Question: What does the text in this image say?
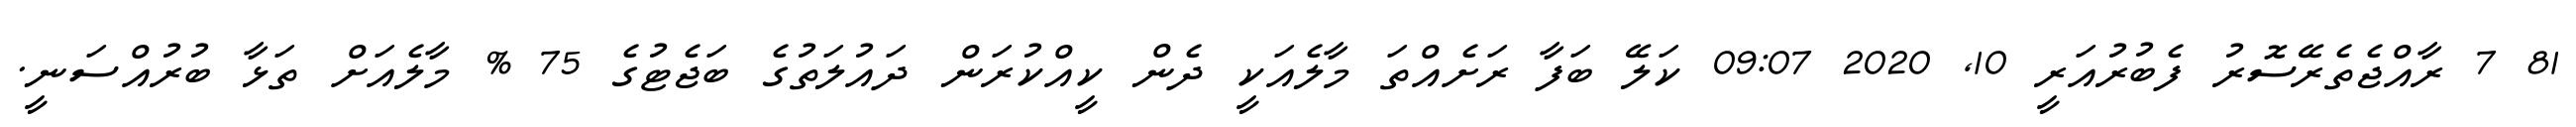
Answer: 81 7 ރާއްޖެތެރޭސޮރު ފެބުރުއަރީ 10, 2020 09:07 ކަލޭ ބަފާ ރަށެއްތަ މާލެއަކީ ދެން ކީއްކުރަން ދައުލަތުގެ ބަޖެޓުގެ 75 % މާލެއަށް ތަޅާ ބުރުއްސަނީ.